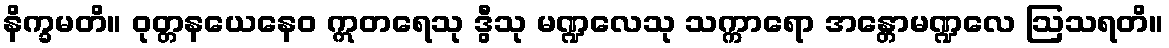
နိက္ခမတိ။ ဝုတ္တနယေနေဝ ဣတရေသု ဒွီသု မဏ္ဍလေသု သက္ကာရော အန္တောမဏ္ဍလေ ဩသရတိ။